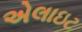
એલાઇટ